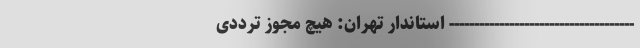
------------------------------------- استاندار تهران: هیچ مجوز ترددی